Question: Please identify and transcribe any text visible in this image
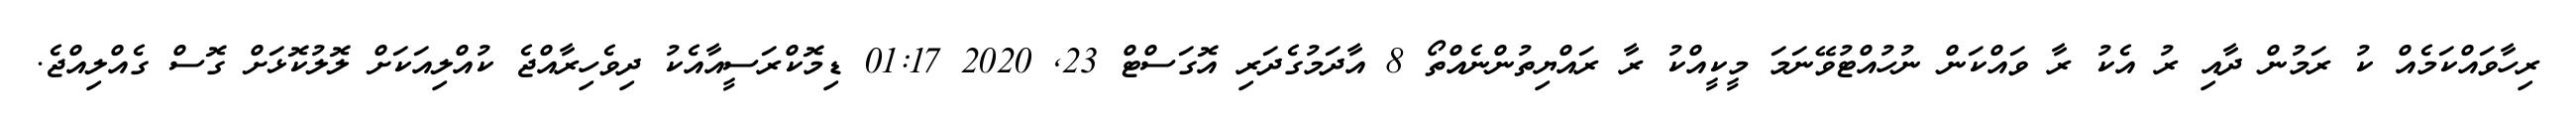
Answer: ރިހާވައްކަމެއް ކު ރަމުން ދާއި ރު އެކު ރާ ވައްކަން ނުހުއްޓުވޭނަމަ މީކީއްކު ރާ ރައްޔިތުންނެއްތޯ 8 އާދަމުގެދަރި އޮގަސްޓް 23, 2020 01:17 ޑިމޮކްރަސީއާއެކު ދިވެހިރާއްޖެ ކުއްލިއަކަށް ލޮލުކޮޅަށް ގޮސް ގެއްލިއްޖެ.